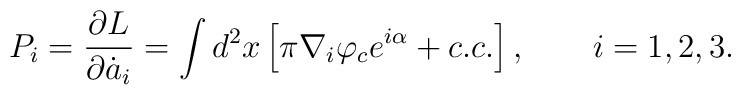
P_i = \frac{\partial L}{\partial \dot{a}_i} = \int d^2x\left[ \pi\nabla_i\varphi_c e^{i\alpha}+c.c.\right], \qquad i=1,2,3.